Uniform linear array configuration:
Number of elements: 16
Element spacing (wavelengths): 0.25
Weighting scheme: hamming
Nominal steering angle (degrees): -30
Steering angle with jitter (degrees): -31.248
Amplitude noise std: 0.05
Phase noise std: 0.05

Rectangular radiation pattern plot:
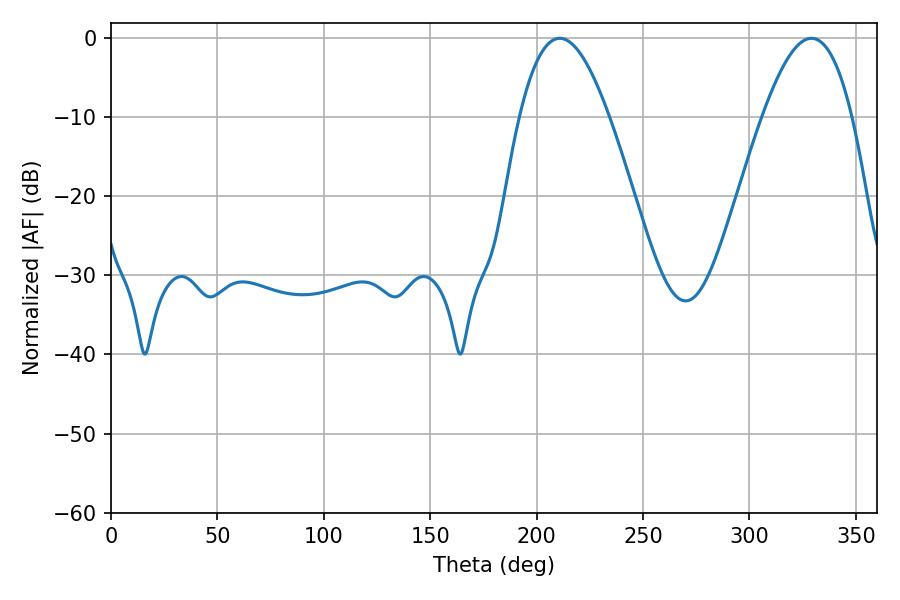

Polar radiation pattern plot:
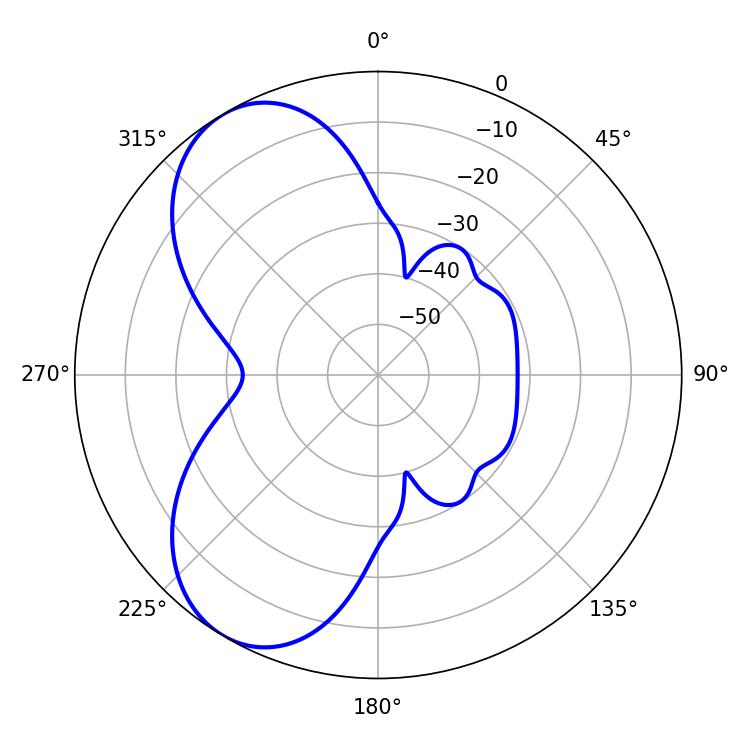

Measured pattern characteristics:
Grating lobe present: FALSE
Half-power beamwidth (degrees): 23.04
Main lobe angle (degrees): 210.78